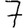
Digit: 7